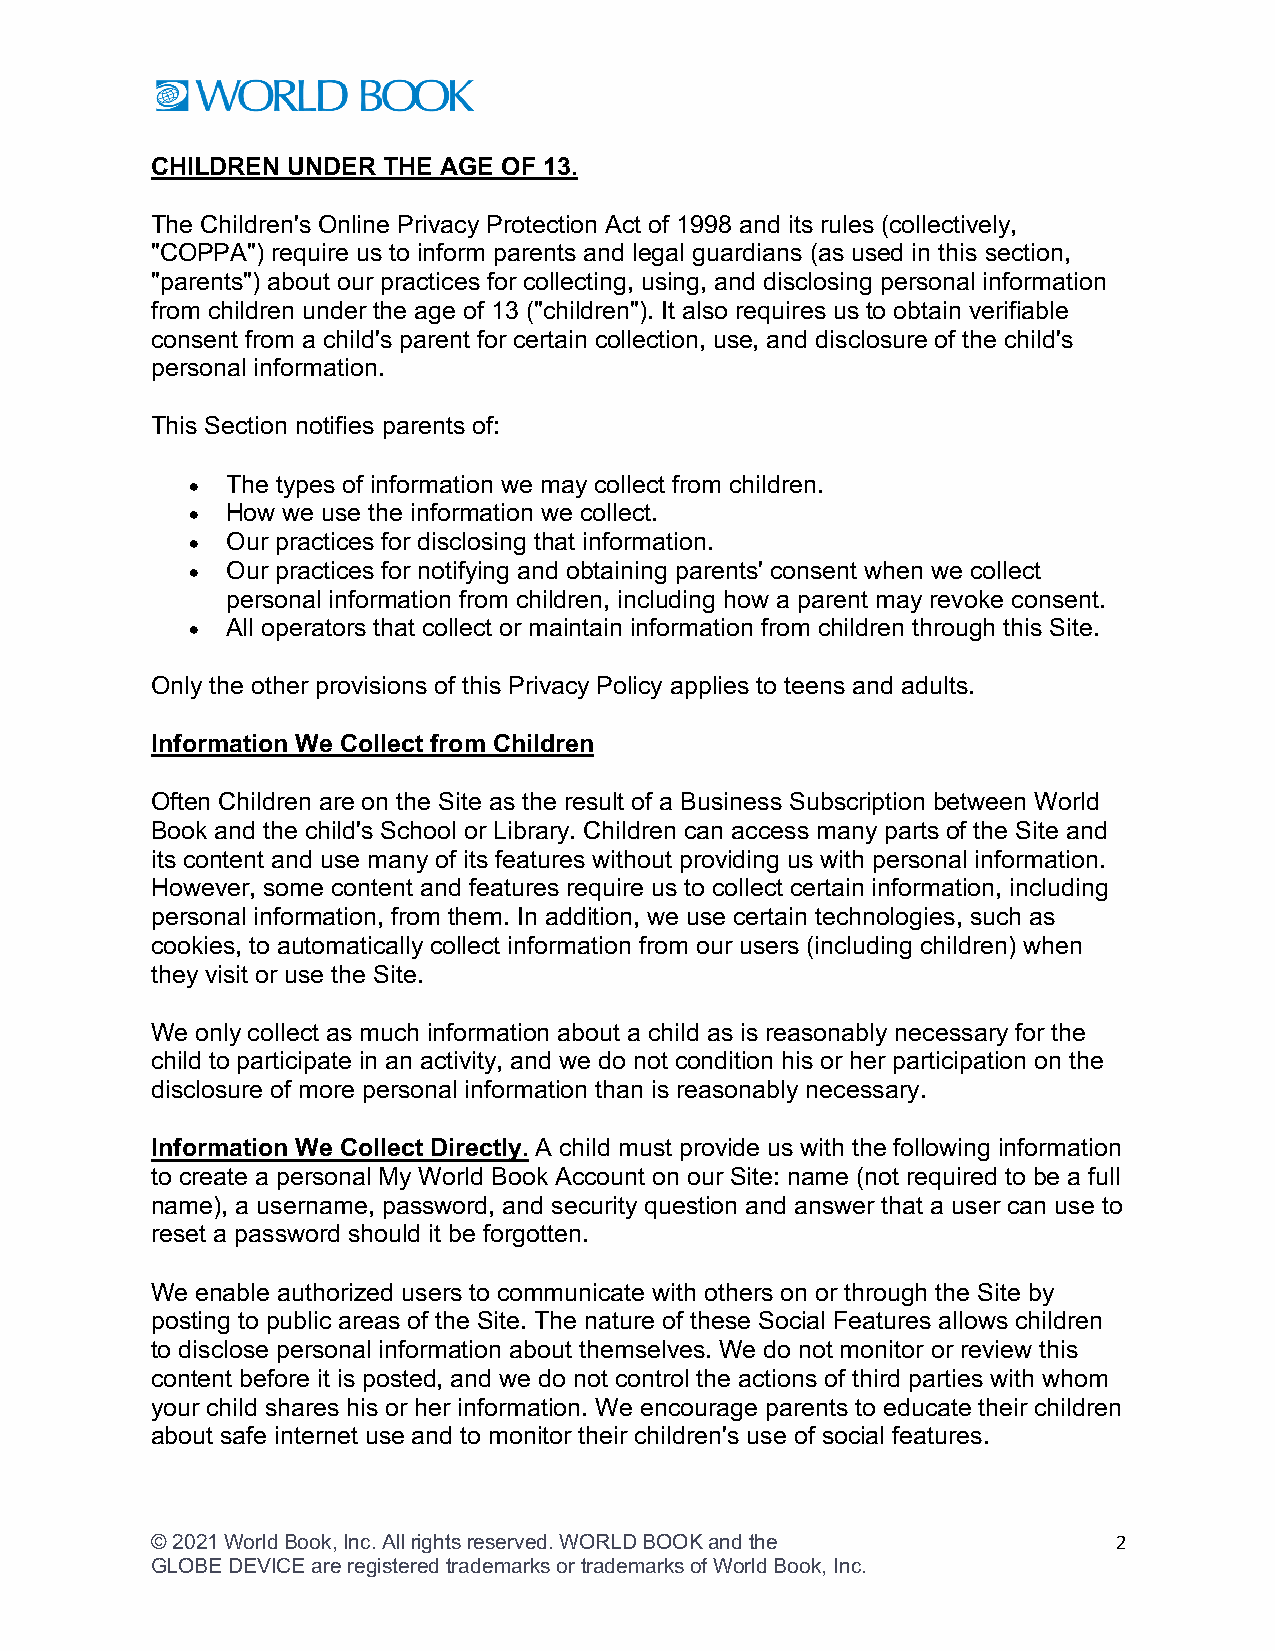
CHILDREN UNDER THE AGE OF 13.
 The Children's Online Privacy Protection Act of 1998 and its rules (collectively,
 "COPPA") require us to inform parents and legal guardians (as used in this section,
 "parents") about our practices for collecting, using, and disclosing personal information
 from children under the age of 13 ("children"). It also requires us to obtain verifiable
 consent from a child's parent for certain collection, use, and disclosure of the child's
 personal information.
 This Section notifies parents of:
 •  The types of information we may collect from children.
 •  How we use the information we collect.
 •  Our practices for disclosing that information.
 •  Our practices for notifying and obtaining parents' consent when we collect
 personal information from children, including how a parent may revoke consent.
 •  All operators that collect or maintain information from children through this Site.
 Only the other provisions of this Privacy Policy applies to teens and adults.
 Information We Collect from Children
 Often Children are on the Site as the result of a Business Subscription between World
 Book and the child's School or Library. Children can access many parts of the Site and
 its content and use many of its features without providing us with personal information.
 However, some content and features require us to collect certain information, including
 personal information, from them. In addition, we use certain technologies, such as
 cookies, to automatically collect information from our users (including children) when
 they visit or use the Site.
 We only collect as much information about a child as is reasonably necessary for the
 child to participate in an activity, and we do not condition his or her participation on the
 disclosure of more personal information than is reasonably necessary.
 Information We Collect Directly. A child must provide us with the following information
 to create a personal My World Book Account on our Site: name (not required to be a full
 name), a username, password, and security question and answer that a user can use to
 reset a password should it be forgotten.
 We enable authorized users to communicate with others on or through the Site by
 posting to public areas of the Site. The nature of these Social Features allows children
 to disclose personal information about themselves. We do not monitor or review this
 content before it is posted, and we do not control the actions of third parties with whom
 your child shares his or her information. We encourage parents to educate their children
 about safe internet use and to monitor their children's use of social features.
 © 2021 World Book, Inc. All rights reserved. WORLD BOOK and the 2
 GLOBE DEVICE are registered trademarks or trademarks of World Book, Inc.